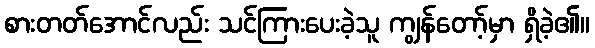
စားတတ်အောင်လည်း သင်ကြားပေးခဲ့သူ ကျွန်တော့်မှာ ရှိခဲ့၏။